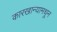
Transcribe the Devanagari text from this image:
कारखान्यामधून